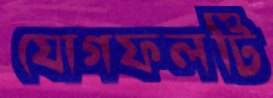
যোগফলটি